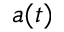
a ( t )